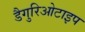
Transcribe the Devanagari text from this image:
डैगुरिओटाइप